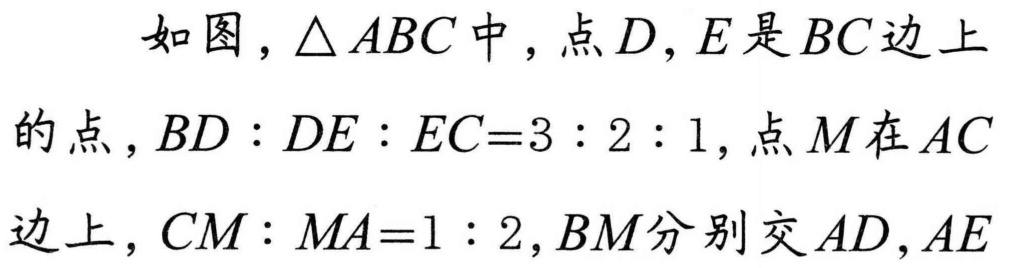
如图，\(\triangle ABC\)中，点\(D\)，\(E\)是\(BC\)边上
的点，\(BD:DE:EC = 3:2:1\)，点\(M\)在\(AC\)
边上，\(CM:MA = 1:2\)，\(BM\)分别交\(AD\)，\(AE\)